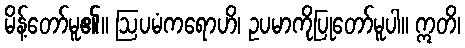
မိန့်တော်မူ၏။ ဩပမံကရောဟိ၊ ဥပမာကိုပြုတော်မူပါ။ ဣတိ၊